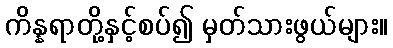
ကိန္နရာတို့နှင့်စပ်၍ မှတ်သားဖွယ်များ။